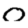
Digit: 0